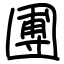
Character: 圑